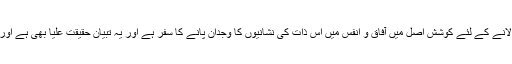
مظلوموں اور مجبوروں کو ظلم سے نجات دلانے کے لئے کوشش اصل میں آفاق و انفس میں اس ذات کی نشانیوں کا وجدان پانے کا سفر ہے اور یہ تبیان حقیقت علیا بھی ہے اور خود اپنے نفس کے عرفان کا سفر بھی ہے۔